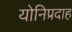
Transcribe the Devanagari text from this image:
योनिप्रदाह